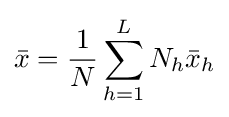
{\bar {x}}={\frac {1}{N}}\sum _{h=1}^{L}N_{h}{\bar {x}}_{h}